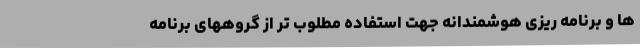
ها و برنامه ریزی هوشمندانه جهت استفاده مطلوب تر از گروههای برنامه